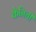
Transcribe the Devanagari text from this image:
केनिची